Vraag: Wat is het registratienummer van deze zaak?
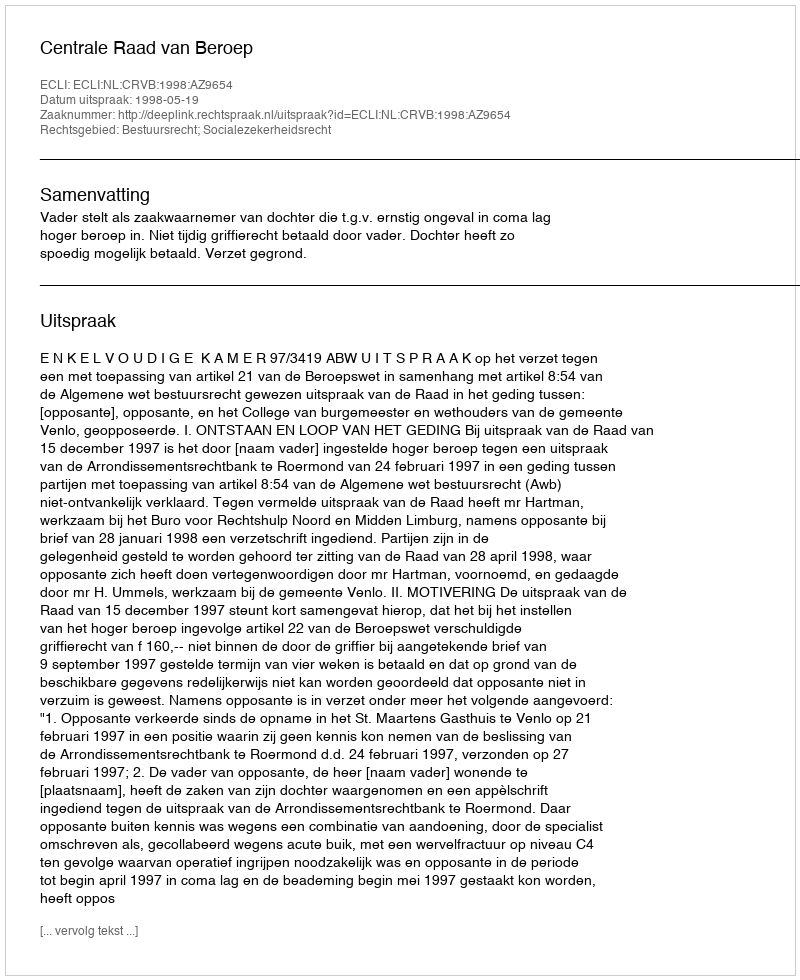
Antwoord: http://deeplink.rechtspraak.nl/uitspraak?id=ECLI:NL:CRVB:1998:AZ9654